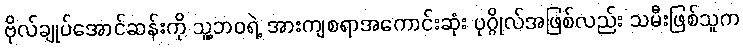
ဗိုလ်ချုပ်အောင်ဆန်းကို သူ့ဘဝရဲ့ အားကျစရာအကောင်းဆုံး ပုဂ္ဂိုလ်အဖြစ်လည်း သမီးဖြစ်သူက